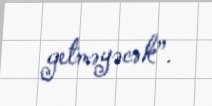
getməyəcək”.